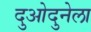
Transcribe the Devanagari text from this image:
दुओदुनेला